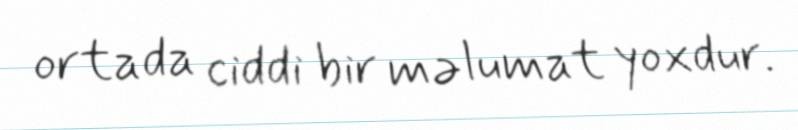
ortada ciddi bir məlumat yoxdur.